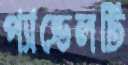
প্যান্ডেলটি